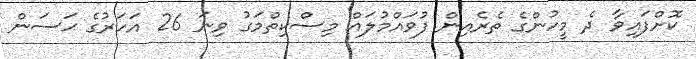
ކޮށްފައިވާ ދެ މީހުންގެ ތެރެއިން ފުވައްމުލައް މިސްކިތްމަގު ވިނަ 26 އަހަރުގެ ޙަސަން